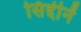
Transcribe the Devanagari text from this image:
सिद्दीनें